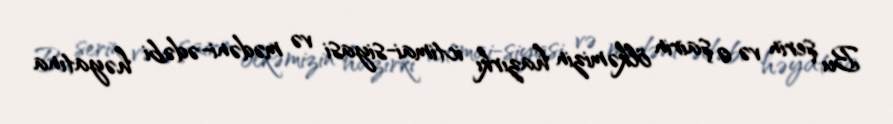
Bu şerin və o şairin ölkəmizin hazırkı ictimai-siyasi və mədəni-ədəbi həyatına